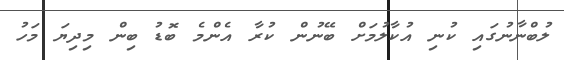
ލުބްނާނުގައި ކުނި އުކާލުމަށް ބޭނުން ކުރާ އެންމެ ބޮޑު ބިން މިދިޔަ މަހު